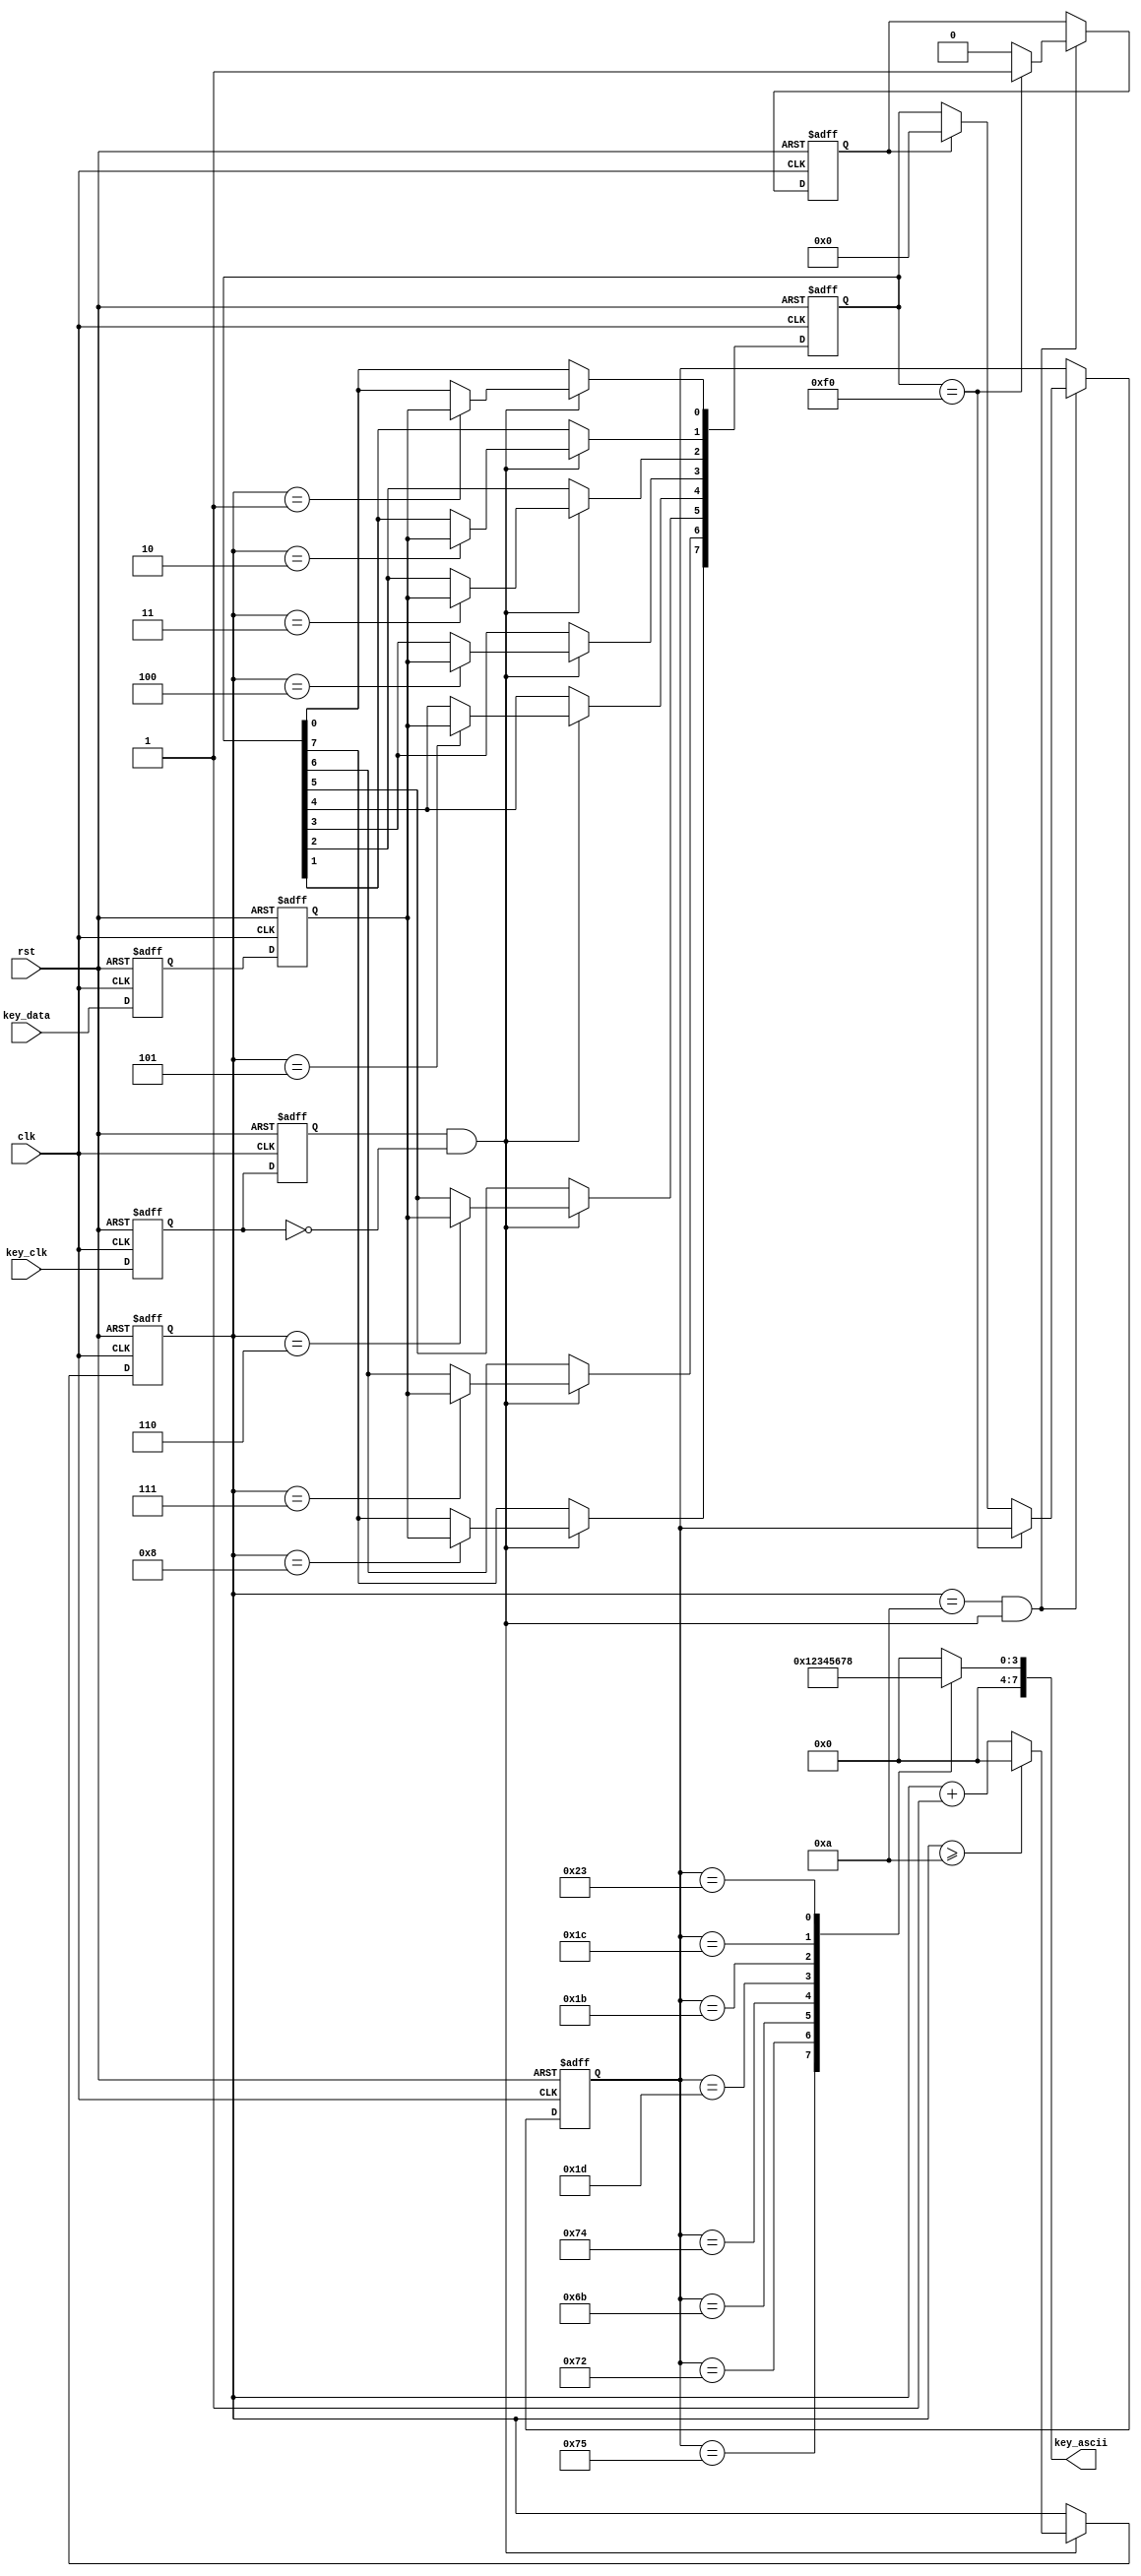
`timescale 1ns / 1ps
//////////////////////////////////////////////////////////////////////////////////
// Company: 
// Engineer: 
// 
// Create Date:
// Design Name: 
// Module Name: zyy_keyboard
// Project Name: 
// Target Devices: 
// Tool Versions: 
// Description: 
// 
// Dependencies: 
// 
// Revision:
// Revision 0.01 - File Created
// Additional Comments:
// 
//////////////////////////////////////////////////////////////////////////////////
module zyy_keyboard (clk,rst,key_clk,key_data,key_ascii);
input clk;                 //
input rst;				   //
input key_clk;             //PS2
input key_data;	           //PS2
output reg [7:0] key_ascii;    //ASCII(0)

reg [3:0] now_bit = 0;        //bit
reg [7:0] store = 0;          //
reg [7:0] key_info = 0;    //
reg break = 0;             //

reg	key_clk_new = 1'b1, key_clk_old = 1'b1; 
reg	key_data_new = 1'b1, key_data_old = 1'b1;

// 
always @ (posedge clk or negedge rst)
begin
	if(!rst) 
	begin
		key_clk_new <= 1'b1;
		key_clk_old <= 1'b1;
		key_data_new <= 1'b1;
		key_data_old <= 1'b1;
	end
	else
	begin
		//
    	key_clk_new <= key_clk;
		key_clk_old <= key_clk_new;
		key_data_new <= key_data;
		key_data_old <= key_data_new;
	end
end

wire key_clk_neg = key_clk_old & (~key_clk_new); 

//PS2
always @ (posedge clk or negedge rst)
begin
	if(!rst) 
	begin
		now_bit <= 4'd0;
		store <= 8'd0;
	end
	else
	begin
		if(key_clk_neg)
		begin
			if(now_bit >= 4'd10) now_bit <= 4'd0;
			else now_bit <= now_bit + 1'b1;
			case (now_bit)
				0: ;	                    //
				// bit
				1: store[0] <= key_data_old;
				2: store[1] <= key_data_old;
				3: store[2] <= key_data_old;
				4: store[3] <= key_data_old;
				5: store[4] <= key_data_old;
				6: store[5] <= key_data_old;
				7: store[6] <= key_data_old;
				8: store[7] <= key_data_old;
				9: ;	                    //
				10:;	                    //
				default: ;
			endcase
		end
	end
end

//
always @ (posedge clk or negedge rst)
begin
	if(!rst) 
	begin
		break <= 0;         //
		key_info <= 0;
	end
	else
	begin
		if(now_bit == 4'd10 && key_clk_neg)               //PS2
		begin
			if(store == 8'hf0) break <= 1;             //8'hf01
			else if(!break) key_info <= store;     //
			else                                       //
			begin
				break <= 0;         //
				key_info <= 0;
			end
		end
	end
end


//ASCII
always @ (key_info)
begin
    case (key_info)
        8'h75: key_ascii <= 8'd1;			//
		8'h72: key_ascii <= 8'd2;			//
		8'h6b: key_ascii <= 8'd3;			//
		8'h74: key_ascii <= 8'd4;			//
		8'h1d: key_ascii <= 8'd5;   		// w
		8'h1b: key_ascii <= 8'd6;   		// s
		8'h1c: key_ascii <= 8'd7;   		// a
		8'h23: key_ascii <= 8'd8;   		// d
        default: key_ascii <= 0;
    endcase
end

endmodule